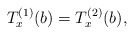
\begin{align*} T_x^{(1)}(b)=T_x^{(2)}(b),\end{align*}